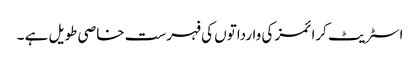
اسٹریٹ کرائمز کی وارداتوں کی فہرست خاصی طویل ہے ۔